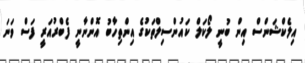
އިލެކްޝަންސް އިން ބުނީ ލޯކަލް ކައުންސިލްތަކުގެ އިންތިހާބު އޮންނާނީ ފެބްރުއަރީ ފަސް ވަނަ